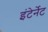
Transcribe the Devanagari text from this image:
इंटेर्नेट